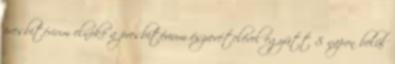
presbitérium elnöke a presbitérium észrevételével együtt 8 napon belül